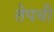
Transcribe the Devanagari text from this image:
तेपची